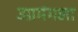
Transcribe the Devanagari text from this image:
उग्रमंगला